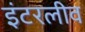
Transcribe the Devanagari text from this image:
इंटरलीव